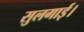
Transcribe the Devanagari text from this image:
सुलगाई।